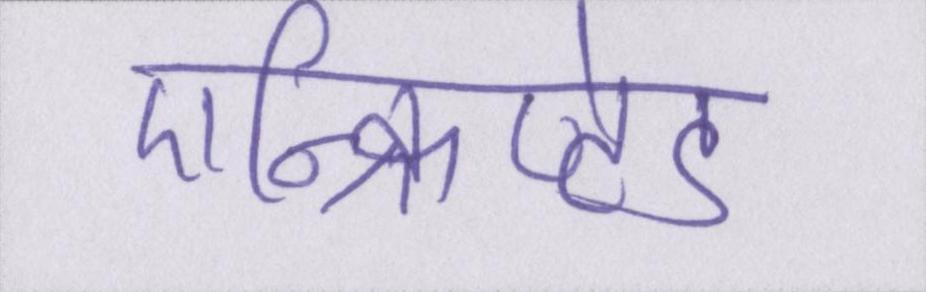
एन्क्रिप्टेड